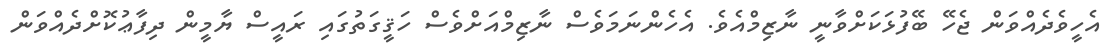
އެހީވެދެއްވަން ޖެހޭ ބޭފުޅަކަށްވާނީ ނާޒިމްއެވެ. އެހެންނަމަވެސް ނާޒިމްއަށްވެސް ހަޤީގަތުގައި ރައީސް ޔާމީން ދިފާޢުކޮށްދެއްވަން